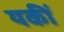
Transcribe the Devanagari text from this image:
यकीं